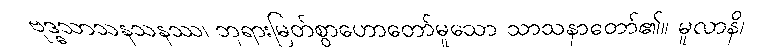
ဗုဒ္ဓသာသနသနဿ၊ ဘုရားမြတ်စွာဟောတော်မူသော သာသနာတော်၏။ မူလာနိ၊